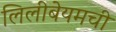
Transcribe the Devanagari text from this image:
लिलीबेयमची